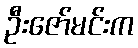
ဦးဇော်မင်းက